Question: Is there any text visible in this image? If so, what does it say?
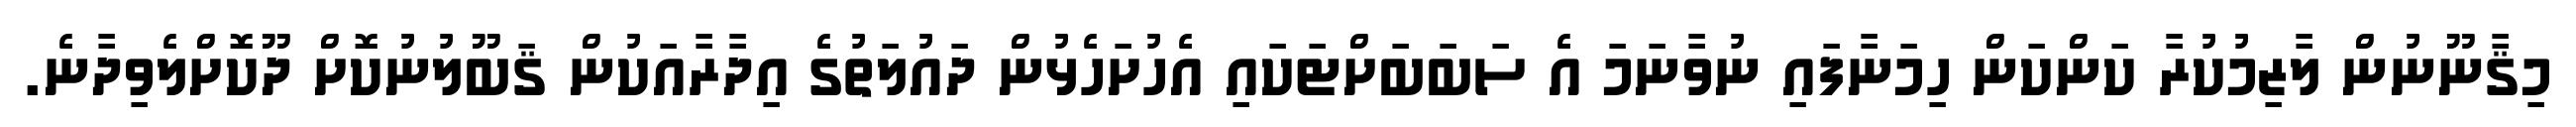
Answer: މިޤާނޫނުން ލާޒިމުކުރާ ކަންކަން ހިމަނާފައި ނުވާނަމަ އެ ސަބަބަށްޓަކައި އެހުށަހެޅުން ދައުލަތުގެ އިދާރާއަކުން ޤަބޫލުނުކޮށް ދޫކޮށްލެވިދާނެ.